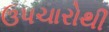
ઉપચારોથી